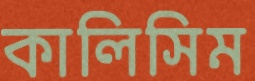
কালিসিম